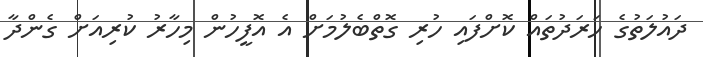
ދައުލަތުގެ ހަރަދުތައް ކޮށްފައި ހުރި ގޮތްބެލުމަށް އެ އޮފީހުން މިހާރު ކުރިއަށް ގެންދާ